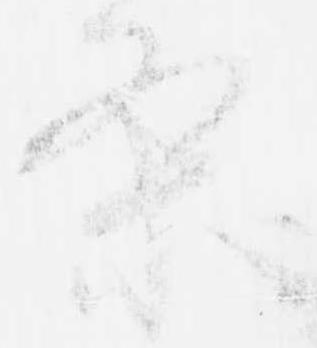
条